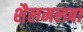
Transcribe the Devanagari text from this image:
शैलमलबा